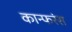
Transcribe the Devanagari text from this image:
कान्फरंस